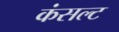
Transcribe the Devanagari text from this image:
कंसल्ट